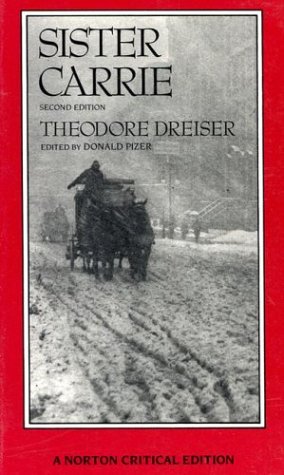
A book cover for Sister Carrie (Norton Critical Editions); Theodore Dreiser; Literature & Fiction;